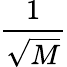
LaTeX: \frac{1}{\sqrt{M}}